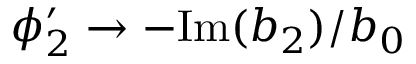
\phi _ { 2 } ^ { \prime } \rightarrow - \mathrm { I m } ( b _ { 2 } ) / b _ { 0 }